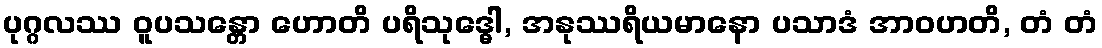
ပုဂ္ဂလဿ ဝူပသန္တော ဟောတိ ပရိသုဒ္ဓေါ, အနုဿရိယမာနော ပသာဒံ အာဝဟတိ, တံ တံ